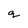
Character: q